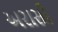
અરાસી